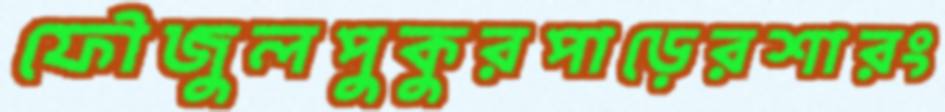
ফৌজুলপুকুরপাড়েরশারং